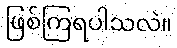
ဖြစ်ကြရပါသလဲ။